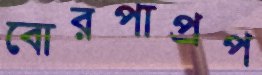
বোরপাপ্রপ